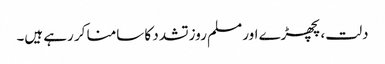
دلت، پچھڑے اور مسلم روز تشدد کا سامنا کر رہے ہیں۔